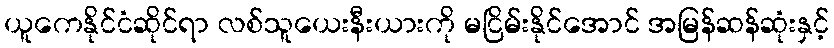
ယူကေနိုင်ငံဆိုင်ရာ လစ်သူယေးနီးယားကို မငြိမ်းနိုင်အောင် အမြန်ဆန်ဆုံးနှင့်